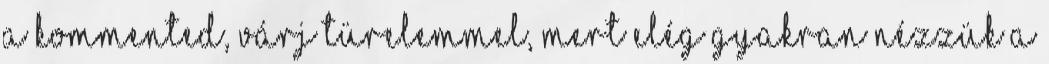
a kommented, várj türelemmel, mert elég gyakran nézzük a